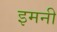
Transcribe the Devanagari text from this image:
इमनी